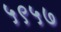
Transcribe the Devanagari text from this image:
५९५७